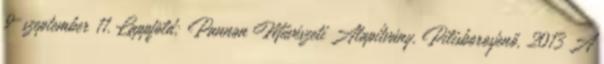
9–szeptember 11. Lappföld; Pannon Művészeti Alapítvány, Pilisborosjenő, 2013 A